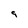
Character: 9